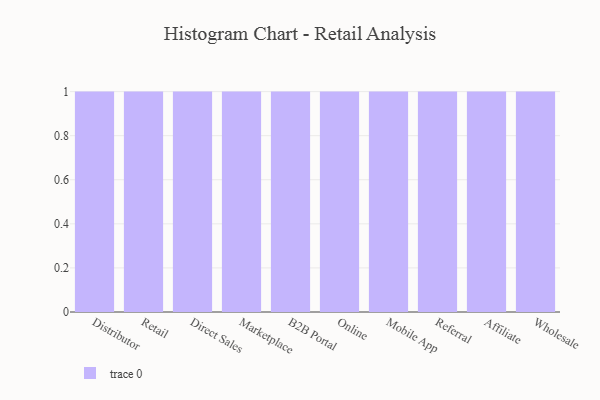
{"axis": {"x": "Channel", "y": "Headcount"}, "legend": [""], "data": [{"x": "Distributor", "y": 62, "type": ""}, {"x": "Retail", "y": 94, "type": ""}, {"x": "Direct Sales", "y": 29, "type": ""}, {"x": "Marketplace", "y": 28, "type": ""}, {"x": "B2B Portal", "y": 30, "type": ""}, {"x": "Online", "y": 69, "type": ""}, {"x": "Mobile App", "y": 20, "type": ""}, {"x": "Referral", "y": 5, "type": ""}, {"x": "Affiliate", "y": 99, "type": ""}, {"x": "Wholesale", "y": 51, "type": ""}]}